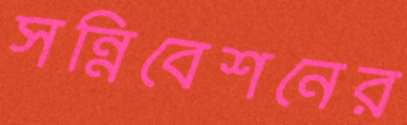
সন্নিবেশনের